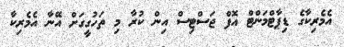
އެމެރިކާގެ ޑިޕާޓްމަންޓް އޮފް ޖަސްޓިސް އިން ކުރާ މި ތަހުގީގަށް އޭނާ އެމެރިކާ